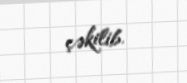
çəkilib.